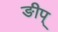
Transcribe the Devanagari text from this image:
ङीप्